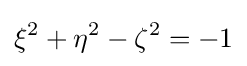
\xi ^{2}+\eta ^{2}-\zeta ^{2}=-1